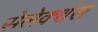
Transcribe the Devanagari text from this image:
सेलेक्शंस